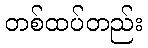
တစ်ထပ်တည်း